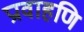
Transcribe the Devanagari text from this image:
प्रावाहणि